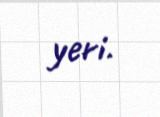
yeri.